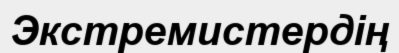
Экстремистердің